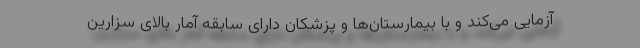
آزمایی می‌کند و با بیمارستان‌ها و پزشکان دارای سابقه آمار بالای سزارین